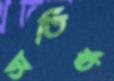
অতিষ্ঠ